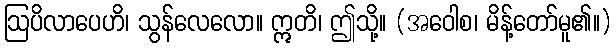
ဩပိလာပေဟိ၊ သွန်လေလော။ ဣတိ၊ ဤသို့။ (အဝေါစ၊ မိန့်တော်မူ၏။)